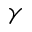
\gamma